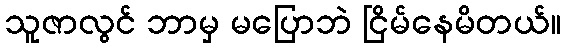
သူဇာလွင် ဘာမှ မပြောဘဲ ငြိမ်နေမိတယ်။